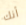
أنك